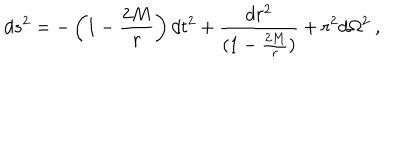
d s ^ { 2 } = - \left( 1 - \frac { 2 M } { r } \right) d t ^ { 2 } + { \frac { d r ^ { 2 } } { ( 1 - \frac { 2 M } { r } ) } } + r ^ { 2 } d \Omega ^ { 2 } \ ,